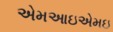
એમઆઇએમઇ